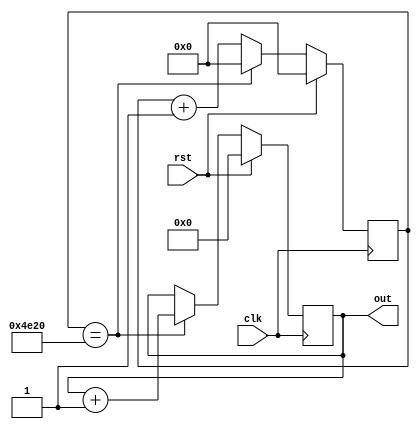
/* verilator lint_off UNUSED */
/* verilator lint_off UNDRIVEN */
/*!
 * Milliseconds counter component.
 * @class MyCounter
 * @create msCounter_create
 * @eval msCounter_eval
 */
module MsCounter(
    input clk,
    input rst,
    output [31:0] out
);
    reg [15:0] cycle_count;		// CPU cycle counter
    reg [31:0] ms_count;	    // Millisecond counter

    assign out = ms_count;

`ifdef SYNTHESIS
    always @ (posedge clk) begin
        if (rst) begin
            cycle_count <= 16'h0;
            ms_count <= 32'h0;
        end
        else begin
            cycle_count <= cycle_count + 1;
            if (cycle_count == 16'd20000)
            begin
                ms_count <= ms_count + 1;
                cycle_count <= 'h0;
            end
        end
    end
`endif
endmodule